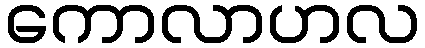
ကောလာဟလ